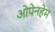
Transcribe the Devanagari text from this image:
ओपेनहेम